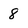
Character: 8